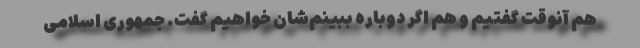
هم آنوقت گفتیم و هم اگر دوباره ببینم‌شان خواهیم گفت. جمهوری اسلامی